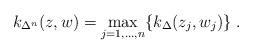
LaTeX: \begin{align*}k_{\Delta^n}(z,w)=\max_{j=1,\ldots,n}\{k_\Delta(z_j,w_j)\}\;.\end{align*}